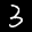
Label: 3